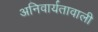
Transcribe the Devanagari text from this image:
अनिवार्यतावाली